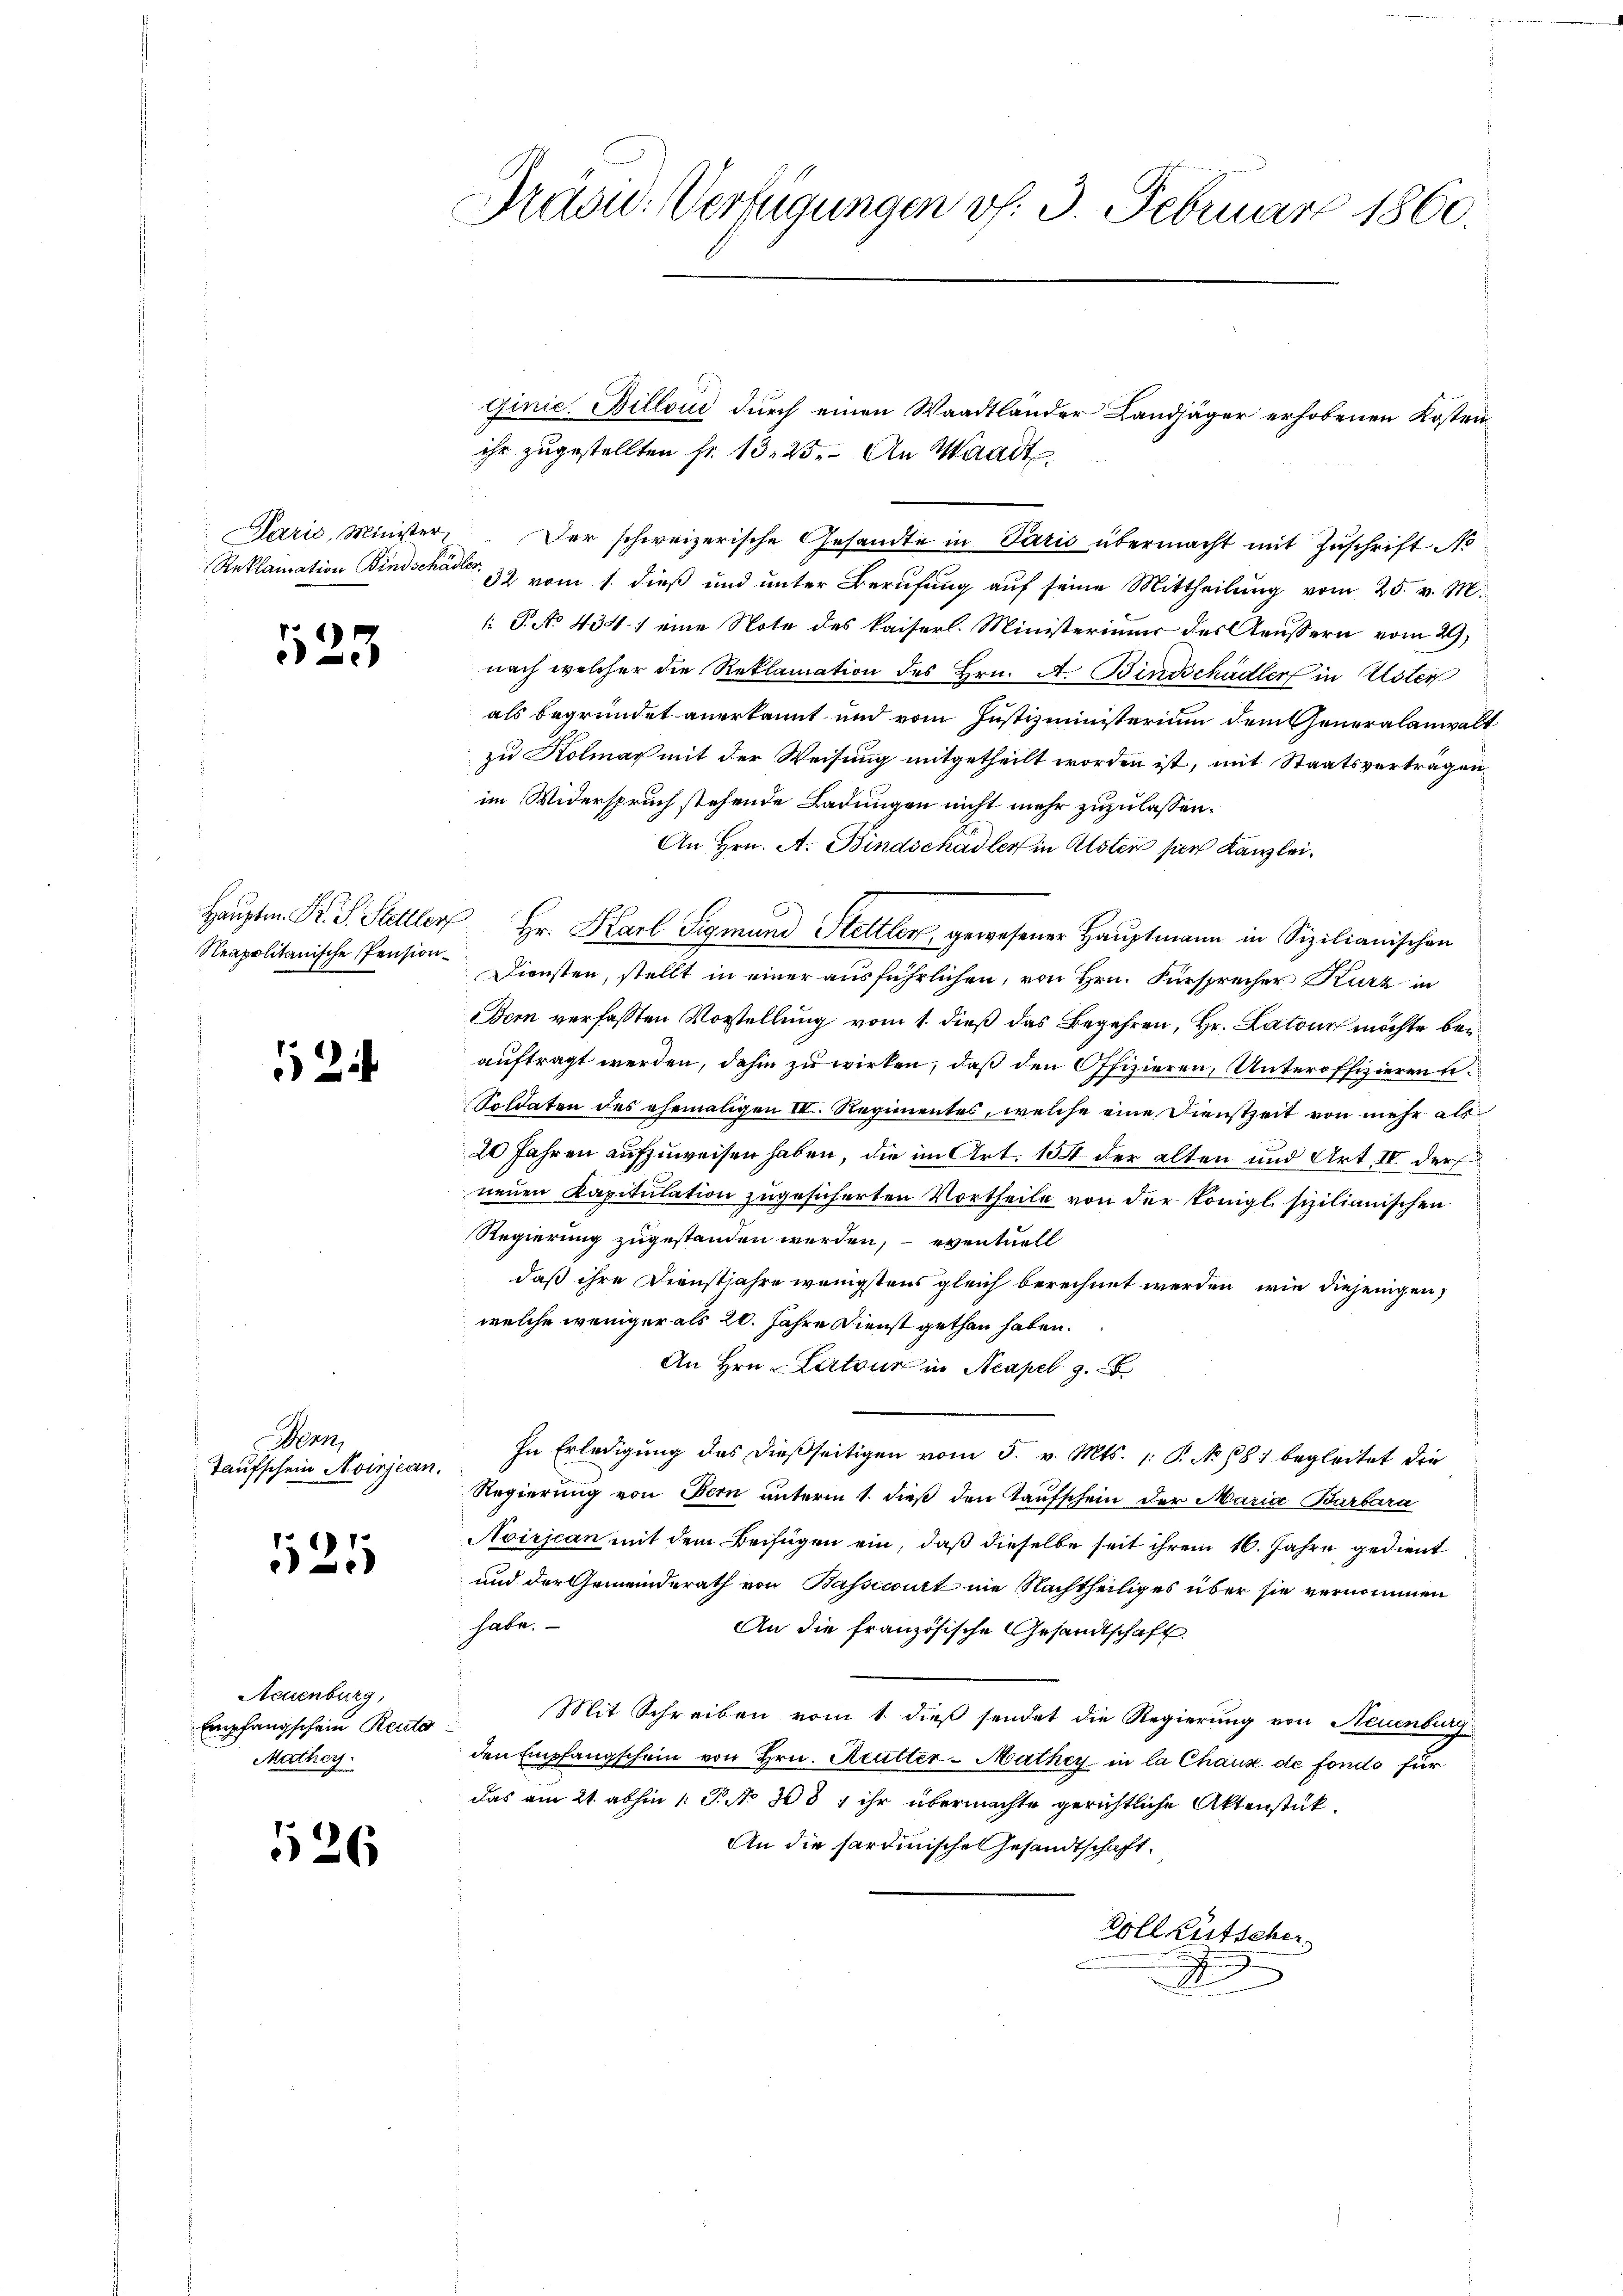
Párić, Minister.
Reklamation Bindschädl

r.1)
e

Hauptm. Fr. S. Steller
Neapolitanische Pension¬

12

Bern,
Taufschein Avirjean.

125

Neuenburg,
Empfangschein Recto
Muther

526

Präsid. Verfügungen v. 3. Februar 1860.

ihr zugestellten Fr. 13. 25. An Waadt
Der schweizerische Gesandte in Paris übermacht mit Zuschrift No
 32 vom 1. dieß und unter Berufung auf seine Mittheilung vom 25. v. M.
 P. No 434. / eine Note des kaiserl. Ministerimum des Aeussern vom 29.
nach welcher die Reklamation des Hrn. A. Bindschädler in Uster
als begründet anerkannt und vom Justizministerium dem Generalanwalt
zu Kolmar mit der Weisung mitgetheilt worden ist, mit Staatsvertragen
im Widerspruch stehende Ladungen nicht mehr zuzulassen.
An Hrn. A. Bindschadler in Alsten per Kanzlei
Hr. Karl Sigmund Stettlen, gewesener Hauptmann in Sizilianischen
Diensten, stellt in einer ausführlichen, von Hrn. Fürsprecher Kurz in
Bern verfaßten Vorstellung vom 1. dieß das Begehren, Hr. Latour möchte bei
auftragt werden, dahin zu wirken, daß den Offizieren, Unteroffizieren u.
Sostaten des ehemaligen III. Regimentes, welche eine Dienstzeit von mehr als
20 Jahren aufzuweisen haben, die im Art. 151 der alten und Art IV der
neuen Kapitulation zugesicherten Vortheile von der Königl. sizilianischen
Regierung zugestanden werden, eventuell
daß ihre Dienstjahre wenigstens gleich berechnet werden, wie diejenigen
welche weniger als 20. Jahre Dienst gethan haben.
An Hrn. Latour in Acapel 9.
In Erledigung des dießseitigen vom 5. v. Mts. 1: P. No 681 begleitet die
Regierung von Bern unterm 1. dieß den Taufschein der Maria Barbara
Aoirjean mit dem Beifügen ein, daß dieselbe seit ihrem 16. Jahre gedient
und der Gemeinderath von Bassecourt nie Nachtheiliges über sie vernommen
habe.
An die französische Gesandtschaft
Mit Schreiben vom 1. dieß sendet die Regierung von Neuenburg
den Empfangschein von Hrn. Reutter-Mathey in la Chaux de fonds für
das am 21. abhin 1. P. No 308, ihr übermachte gerichtliche Aktenstük¬
An die hartinische Gesandtschaft
Voll Kutscher
2

Ginic. Billoui durch einen Waadtlander Landjäger erhobenen Kosten¬